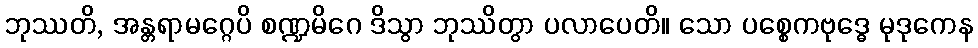
ဘုဿတိ, အန္တရာမဂ္ဂေပိ စဏ္ဍမိဂေ ဒိသွာ ဘုဿိတွာ ပလာပေတိ။ သော ပစ္စေကဗုဒ္ဓေ မုဒုကေန